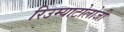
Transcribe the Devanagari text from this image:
रिउम्याटोलोजी